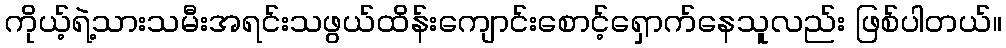
ကိုယ့်ရဲ့သားသမီးအရင်းသဖွယ်ထိန်းကျောင်းစောင့်ရှောက်နေသူလည်း ဖြစ်ပါတယ်။